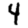
Digit: 4